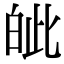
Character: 皉